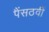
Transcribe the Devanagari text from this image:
पैंसठवीं